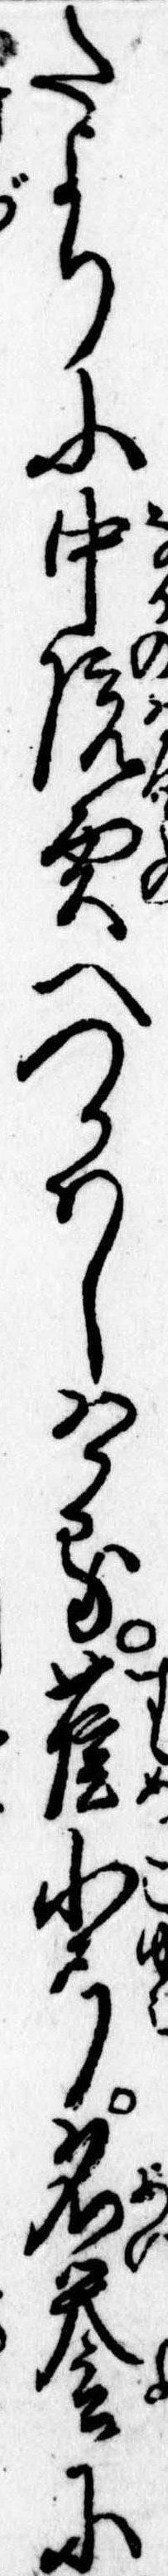
たよりに中院殿へつかはしける雀小弓名誉に